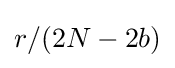
r/(2N-2b)